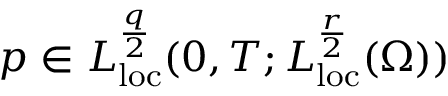
p \in L _ { \mathrm { l o c } } ^ { \frac { q } { 2 } } ( 0 , T ; L _ { \mathrm { l o c } } ^ { \frac { r } { 2 } } ( \Omega ) )